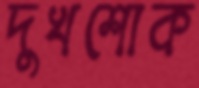
দুখশোক